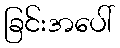
ခြင်းအပေါ်